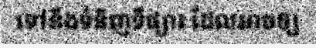
ទៅនឹងទំនិញទីផ្សារ ដែលអាចឲ្យ